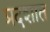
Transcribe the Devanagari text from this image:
प्रदशात